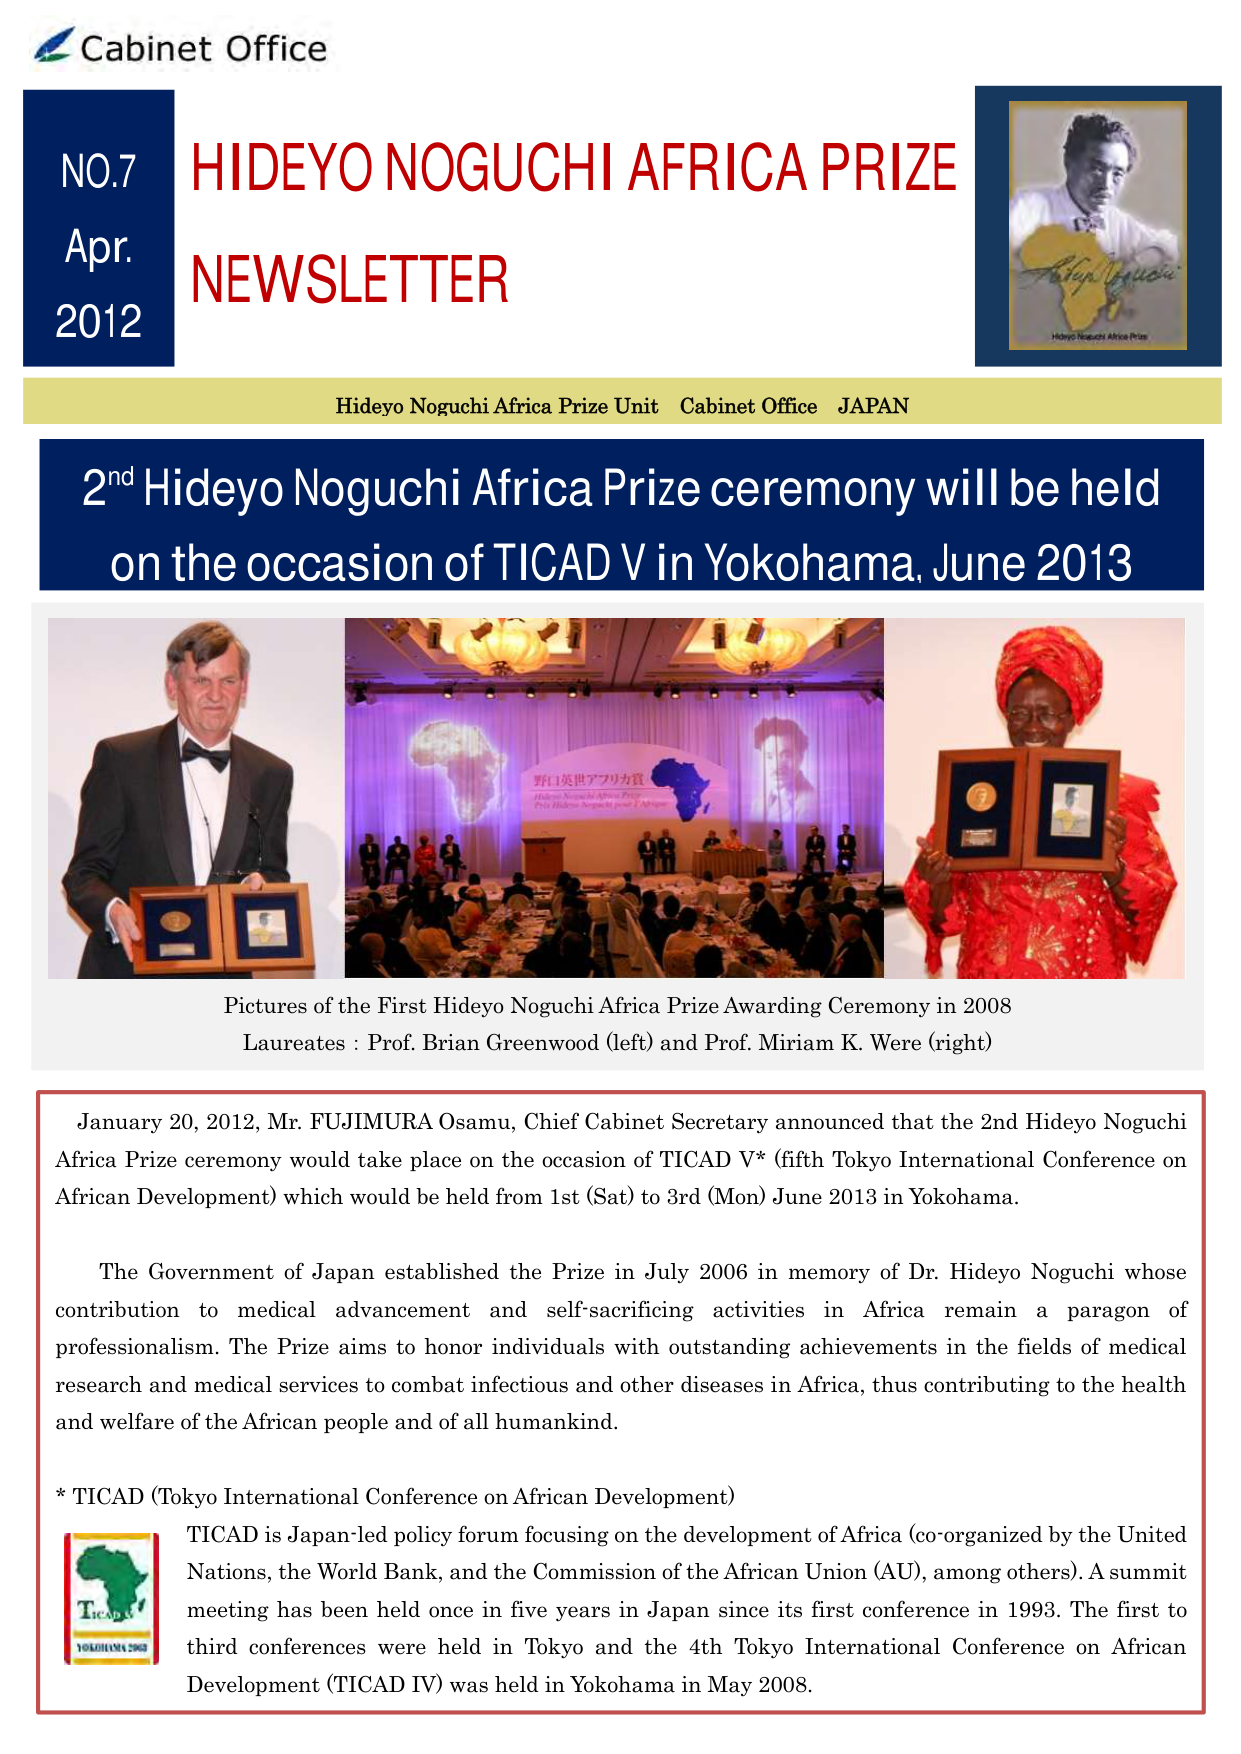
Cabinet Office

NO.7
Apr.
2012

HIDEYO NOGUCHI AFRICA PRIZE
NEWSLETTER

Hideyo Noguchi Africa Prize Unit   Cabinet Office   JAPAN

2nd Hideyo Noguchi Africa Prize ceremony will be held
on the occasion of TICAD V in Yokohama, June 2013

Pictures of the First Hideyo Noguchi Africa Prize Awarding Ceremony in 2008
Laureates : Prof. Brian Greenwood (left) and Prof. Miriam K. Were (right)

January 20, 2012, Mr. FUJIMURA Osamu, Chief Cabinet Secretary announced that the 2nd Hideyo Noguchi Africa Prize ceremony would take place on the occasion of TICAD V* (fifth Tokyo International Conference on African Development) which would be held from 1st (Sat) to 3rd (Mon) June 2013 in Yokohama.

The Government of Japan established the Prize in July 2006 in memory of Dr. Hideyo Noguchi whose contribution to medical advancement and self-sacrificing activities in Africa remain a paragon of professionalism. The Prize aims to honor individuals with outstanding achievements in the fields of medical research and medical services to combat infectious and other diseases in Africa, thus contributing to the health and welfare of the African people and of all humankind.

* TICAD (Tokyo International Conference on African Development)
TICAD is Japan-led policy forum focusing on the development of Africa (co-organized by the United Nations, the World Bank, and the Commission of the African Union (AU), among others). A summit meeting has been held once in five years in Japan since its first conference in 1993. The first to third conferences were held in Tokyo and the 4th Tokyo International Conference on African Development (TICAD IV) was held in Yokohama in May 2008.

野口英世アフリカ賞
Hideyo Noguchi Africa Prize
Prix Hideyo Noguchi pour l'Afrique

Hideyo Noguchi Africa Prize

TICAD V
YOKOHAMA 2008